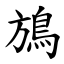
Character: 鴋